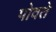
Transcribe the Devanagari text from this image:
पोवते